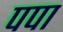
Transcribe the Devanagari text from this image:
पपा